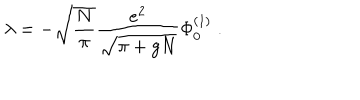
\lambda = - \sqrt { \frac { N } { \pi } } \frac { e ^ { 2 } } { \sqrt { \pi + g N } } \Phi _ { 0 } ^ { ( 1 ) } \; .